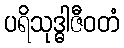
ပရိသုဒ္ဓါဇီဝတံ